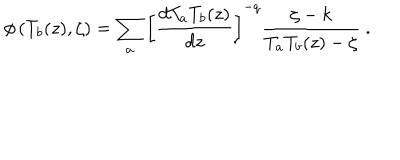
\phi \left( T _ { b } ( z ) , \zeta \right) = \sum _ { a } \left[ \frac { d T _ { a } T _ { b } ( z ) } { d z } \right] ^ { - q } \frac { \zeta - k } { T _ { a } T _ { b } ( z ) - \zeta } \ .